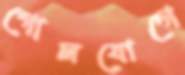
গোলযোগে